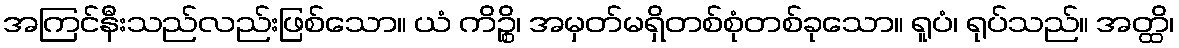
အကြင်နီးသည်လည်းဖြစ်သော။ ယံ ကိဉ္စိ၊ အမှတ်မရှိတစ်စုံတစ်ခုသော။ ရူပံ၊ ရုပ်သည်။ အတ္ထိ၊